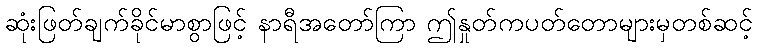
ဆုံးဖြတ်ချက်ခိုင်မာစွာဖြင့် နာရီအတော်ကြာ ဤနှုတ်ကပတ်တောများမှတစ်ဆင့်